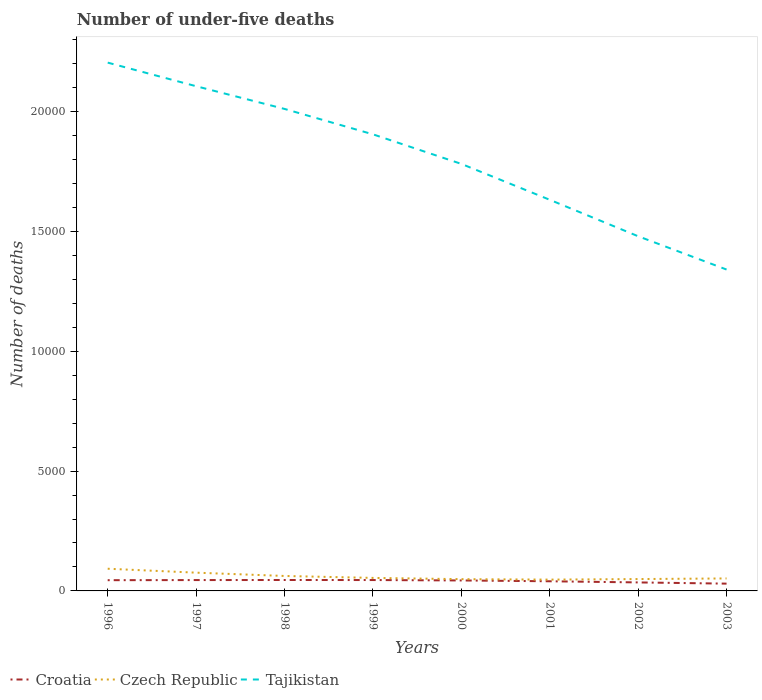
| Years | Croatia | Czech Republic | Tajikistan |
 | --- | --- | --- | --- |
 | 1996 | 448 | 926 | 2.2e+04 |
 | 1997 | 453 | 762 | 2.11e+04 |
 | 1998 | 456 | 624 | 2.01e+04 |
 | 1999 | 454 | 543 | 1.91e+04 |
 | 2000 | 437 | 491 | 1.78e+04 |
 | 2001 | 403 | 472 | 1.63e+04 |
 | 2002 | 355 | 495 | 1.48e+04 |
 | 2003 | 304 | 521 | 1.34e+04 |